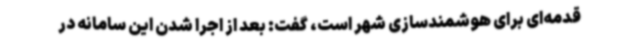
قدمه‌ای برای هوشمندسازی شهر است، گفت: بعد از اجرا شدن این سامانه در